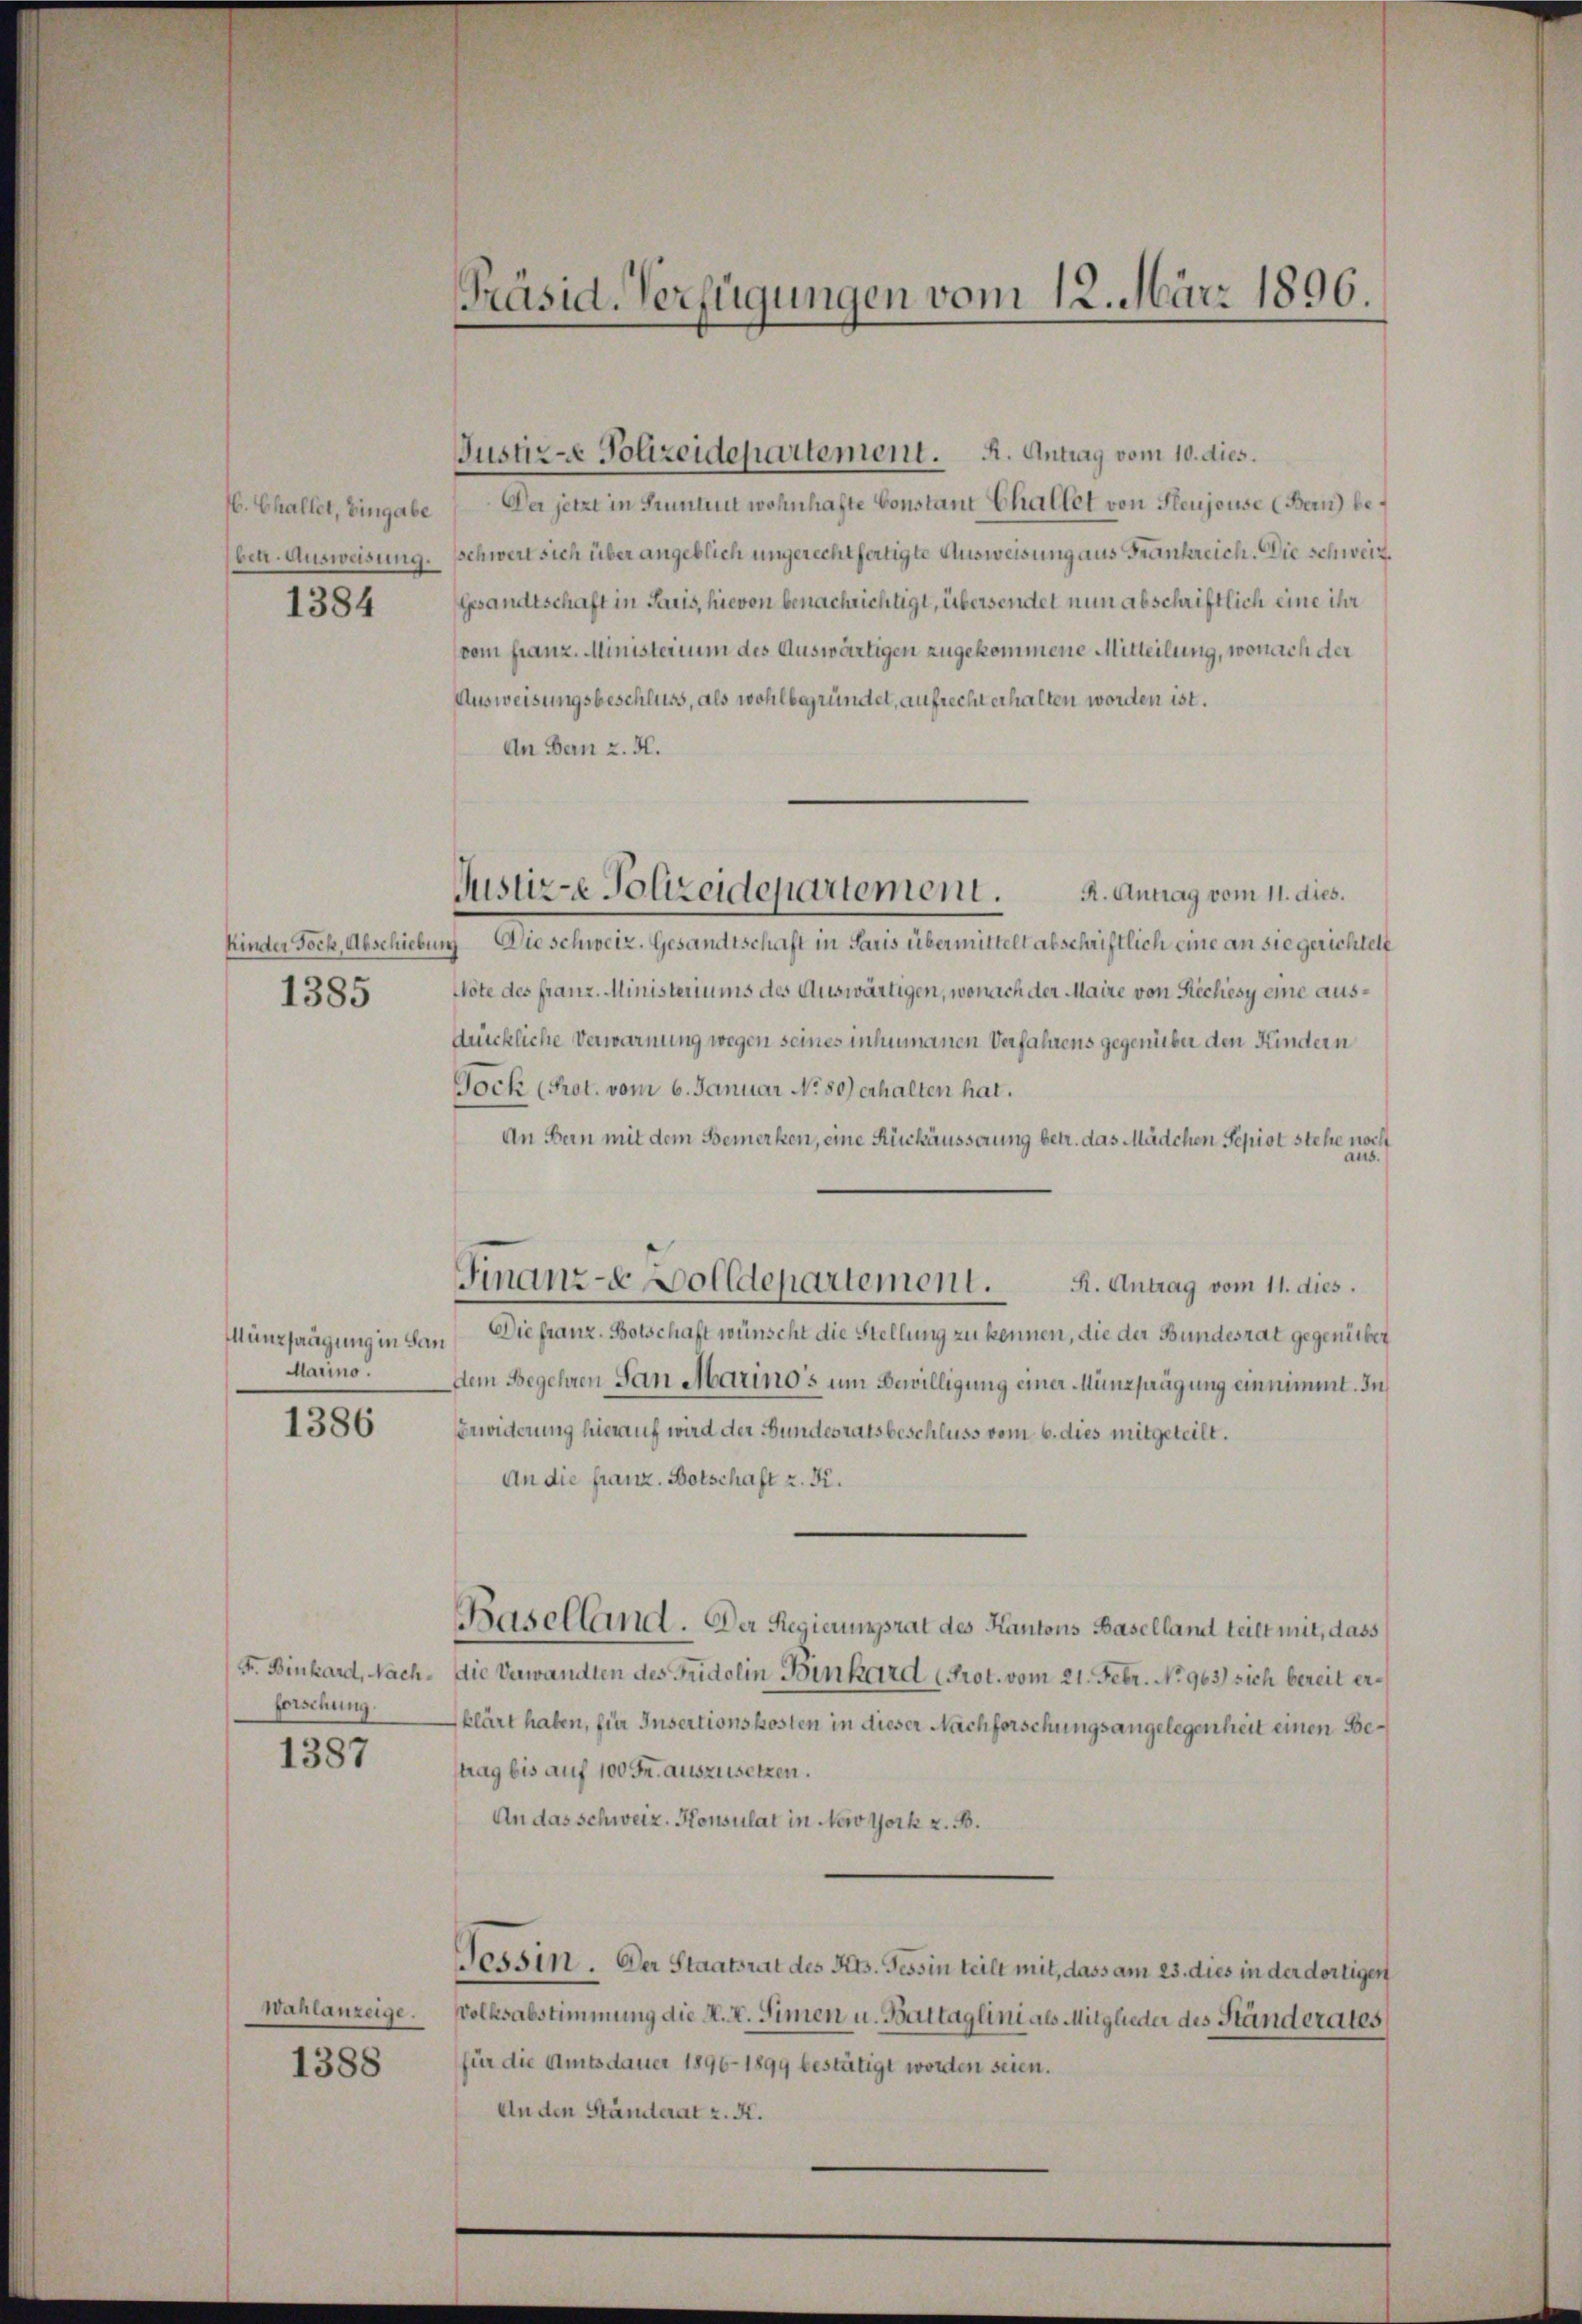
16. Challet, Eingabe

1384

1385

Marino.

1386

forschung.

1387

Wahlanzeige.

1388

Der jetzt in Grunden wohnhafte Constant Chaltet von Fleujouse (Bern) bebetr. Ausweisung. Schwert sich über angeblich ungerechtfertigte Ausweisung aus Frankreich. Die schweiz.
Gesandtschaft in Paris, hievon benachrichtigt, übersendet nun abschriftlich eine ihr
(vom franz-Ministerium des Auswärtigen zugekommene Mitteilung, wonach der
Ausweisungsbeschluss, als wohlbegründet, aufrecht erhalten worden ist.
An Bern z. H.
R. Antrag vom 11. dies.
Kinder Sock, Abschiebung Die schweiz. Gesandtschaft in Paris übermittelt abschriftlich eine an sie gerichtett
Note des franz. Ministeriums des Auswärtigen, wonach der Maire von Richesy eine aus¬
Drickliche Verwarnung wegen seines inhumanen Verfahrens gegenüber den Kindern
Jock (Prot. vom 6. Januar No. 80) erhalten hat.
An Bern mit dem Bemerken, eine Rückäusserung betr. das Mädchen Sepiot stehe noch
aus.
R. Antrag vom 11. dies.
Münzprägung in San Die franz-Botschaft wünscht die Stellung zu kennen, die der Bundesrat gegenüber
Dem Begehren San Marinos um Bewilligung einer Münzprägung einnimmt. In
Erwiderung hierauf wird der Bundesratsbeschluss vom 6. dies mitgeteilt.
An die franz. Botschaft z. K.
Baselland. Der Regierungsrat des Kantons Baselland teilt mit, dass
F. Binkard, Nach- die Verwandten des Fridolin Binkard (Prot. vom 21. Febr. No 963) sich bereit erklärt haben, für Insectionskosten in dieser Nachforschungsangelegenheit einen Bestrag bis auf 100 Fr. auszusetzen.
An das schweiz. Konsulat in New York z. B.
Tessin. Der Staatsrat des Kts. Tessin teilt mit, dass am 23. dies in der dortigen
Volksabstimmung die K. K. Simen u. Baltaglini als Mitglieder des Ständerates
für die Amtsdauer 1896-1899 bestätigt worden seien.
An den Stärterat z. K.

Präsid. Verfügungen vom 12. März 1896.

Justiz-e Polizeidepartement. A. Antrag vom 10. dies.

Justiz-e Polizeidepartement.

Finanz-Colldepartement.